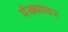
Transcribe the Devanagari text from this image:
पंख्यावर